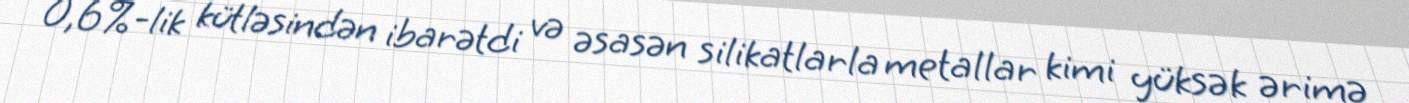
0,6%-lik kütləsindən ibarətdi və əsasən silikatlarla metallar kimi yüksək ərimə